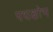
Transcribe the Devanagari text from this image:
पथक्षोभ